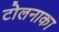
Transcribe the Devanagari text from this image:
टोलनाका